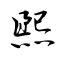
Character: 煕